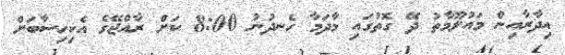
އިދާރާއިން މައުލޫމާތު ދޭ ގޮތުގައި މާދަމާ ހެނދުނު 8:00 ކަށް ރާއްޖޭގެ އެކިހިސާބަށް